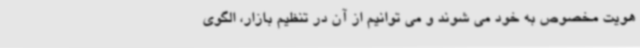
هویت مخصوص به خود می شوند و می توانیم از آن در تنظیم بازار، الگوی